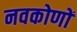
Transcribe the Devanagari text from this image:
नवकोणों